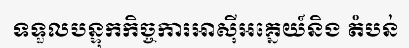
ទទួលបន្ទុកកិច្ចការអាស៊ីអគ្នេយ៍និង តំបន់